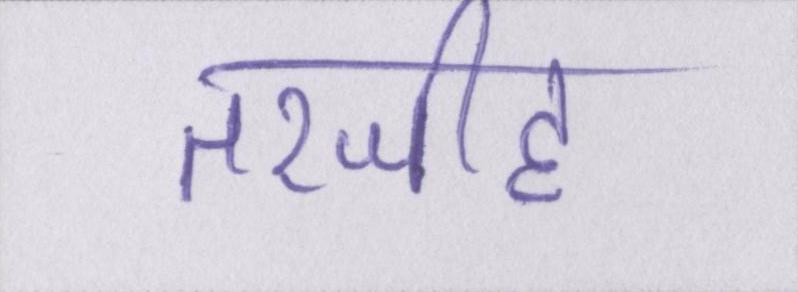
तरजीह